Annual report on the Civil Veterinary Department, Burma (including the Insein Veterinary School) - 1923-1931
Year: 1923
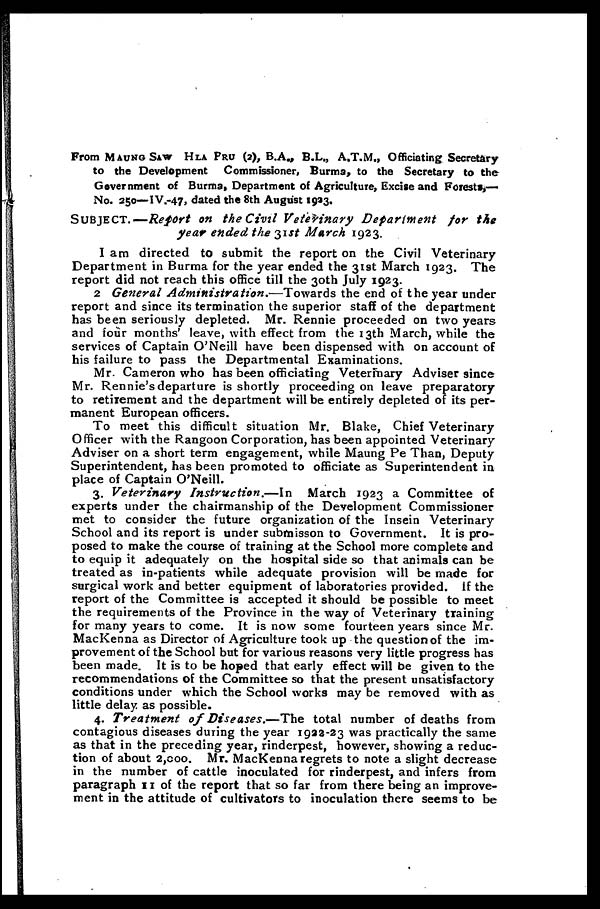
From MAUNG SAW HLA PRU (2), B.A., B.L., A.T.M., Officiating Secretary
to the Development Commissioner, Burma, to the Secretary to the
Government of Burma, Department of Agriculture, Excise and Forests,—
No. 250—IV.-47, dated the 8th August 1993.
SUBJECT.—Report on the Civil Veterinary
Department
for the
year ended the 31st March 1923.
I am directed to submit the report on the Civil Veterinary
Department in Burma for the year ended the 31st March 1923. The
report did not reach this office till the 30th July 1923.
2 General Administration.—Towards
the end of the year under
report and since its termination the superior staff of the department
has been seriously depleted. Mr. Rennie proceeded on two years
and four months' leave, with effect from the 13th March, while the
services of Captain O'Neill have been dispensed with on account of
his failure to pass the Departmental Examinations.
Mr. Cameron who has been officiating Veterinary Adviser since
Mr. Rennie's departure is shortly proceeding on leave preparatory
to retirement and the department will be entirely depleted of its per-
manent European officers.
To meet this difficult situation Mr. Blake, Chief Veterinary
Officer with the Rangoon Corporation, has been appointed Veterinary
Adviser on a short term engagement, while Maung Pe Than, Deputy
Superintendent, has been promoted to officiate as Superintendent in
place of Captain O'Neill.
3. Veterinary
Instruction.—In
March 1923 a Committee of
experts under the chairmanship of the Development Commissioner
met to consider the future organization of the Insein Veterinary
School and its report is under submisson to Government. It is pro-
posed to make the course of training at the School more complete and
to equip it adequately on the hospital side so that animals can be
treated as in-patients while adequate provision will be made for
surgical work and better equipment of laboratories provided. If the
report of the Committee is accepted it should be possible to meet
the requirements of the Province in the way of Veterinary training
for many years to come. It is now some fourteen years since Mr.
MacKenna as Director of Agriculture took up the question of the im-
provement of the School but for various reasons very little progress has
been made. It is to be hoped that early effect will be given to the
recommendations of the Committee so that the present unsatisfactory
conditions under which the School works may be removed with as
little delay as possible.
4. Treatment
of Diseases.—The
total number of deaths from
contagious diseases during the year 1922-23 was practically the same
as that in the preceding year, rinderpest, however, showing a reduc-
tion of about 2,000. Mr. MacKenna regrets to note a slight decrease
in the number of cattle inoculated for rinderpest, and infers from
paragraph 11 of the report that so far from there being an improve-
ment in the attitude of cultivators to inoculation there seems to be